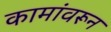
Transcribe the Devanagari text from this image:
कामांवरून